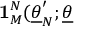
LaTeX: \mathbf { 1 } _ { M } ^ { N } ( \underline { { { \theta } } } _ { N } ^ { \prime } ; \underline { { { \theta } } }